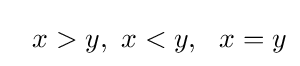
\ ~x>y,\ x<y,\ \ x=y